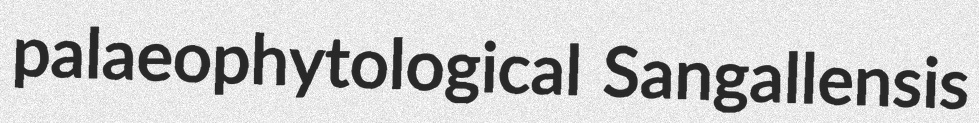
palaeophytological Sangallensis